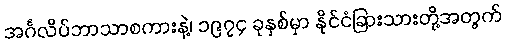
အင်္ဂလိပ်ဘာသာစကားနဲ့၊ ၁၉၇၄ ခုနှစ်မှာ နိုင်ငံခြားသားတို့အတွက်